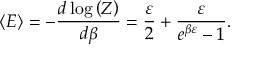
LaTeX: \left\langle E \right\rangle = - { \frac { d \log \left( Z \right) } { d \beta } } = { \frac { \varepsilon } { 2 } } + { \frac { \varepsilon } { e ^ { \beta \varepsilon } - 1 } } .